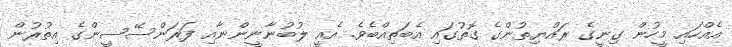
އެއްހައި މީހުން ގިނީގެ ރައްޔިތުންގެ ގޮތުގައި އެބަތިއްބެވެ. އެއީ ލުބުނާނީންނާއި ފަރަންސޭސީންގެ އިތުރުން